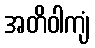
အတိဝါကျံ